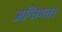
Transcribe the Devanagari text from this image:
अन्तिमत्तर